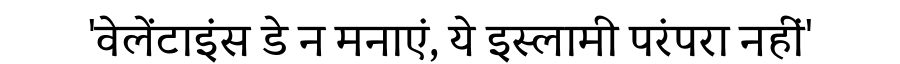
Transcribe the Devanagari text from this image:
'वेलेंटाइंस डे न मनाएं, ये इस्लामी परंपरा नहीं'